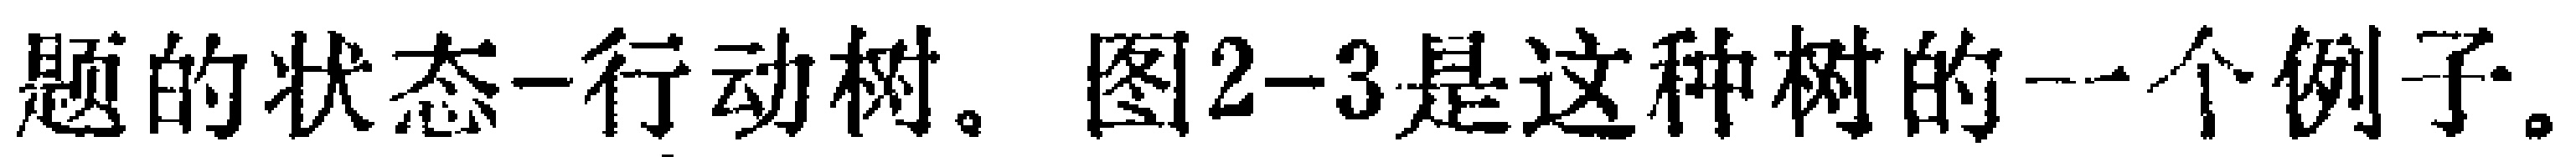
题的状态--行动树。图2--3是这种树的一个例子。